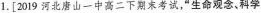
1.[2019河北唐山一中高二下期末考试，”生命观念、科学